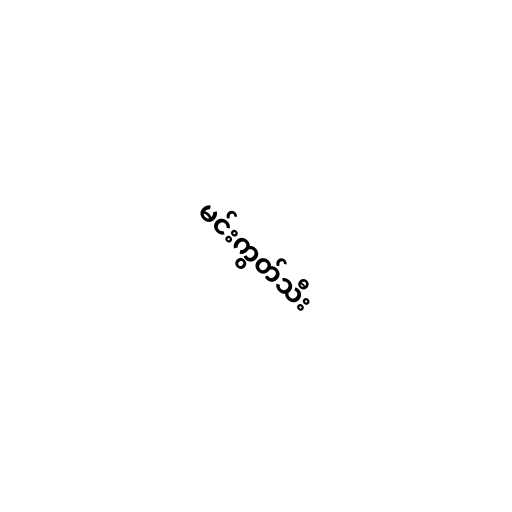
မင်းကွတ်သီး